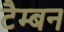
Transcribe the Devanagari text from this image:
टैम्बन